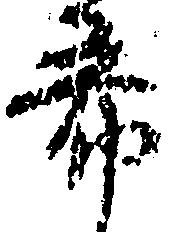
希